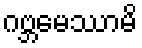
ဂဗ္ဘမေဿာမိ